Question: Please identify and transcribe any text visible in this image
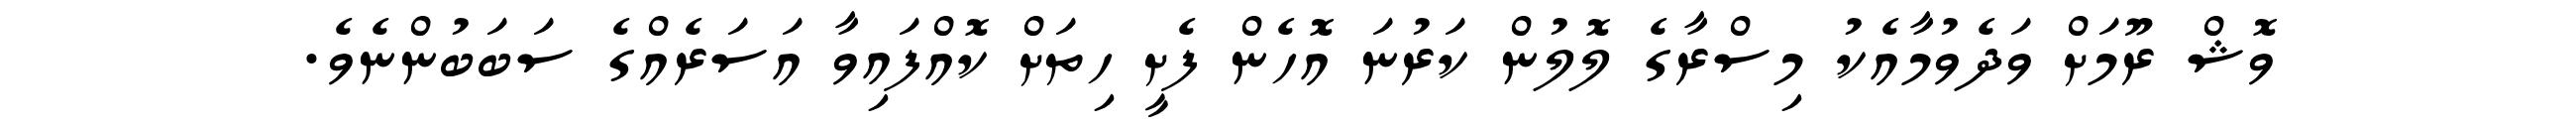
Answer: ވޮޝް ރޫމަށް ވަދެވުމާއެކު މިސްރާގެ ލޮލުން ކަރުނަ އޮހެން ފެށީ ހިތަށް ކޮއްފައިވާ އަސަރެއްގެ ސަބަބުންނެވެ.